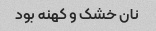
نان خشک و کهنه بود